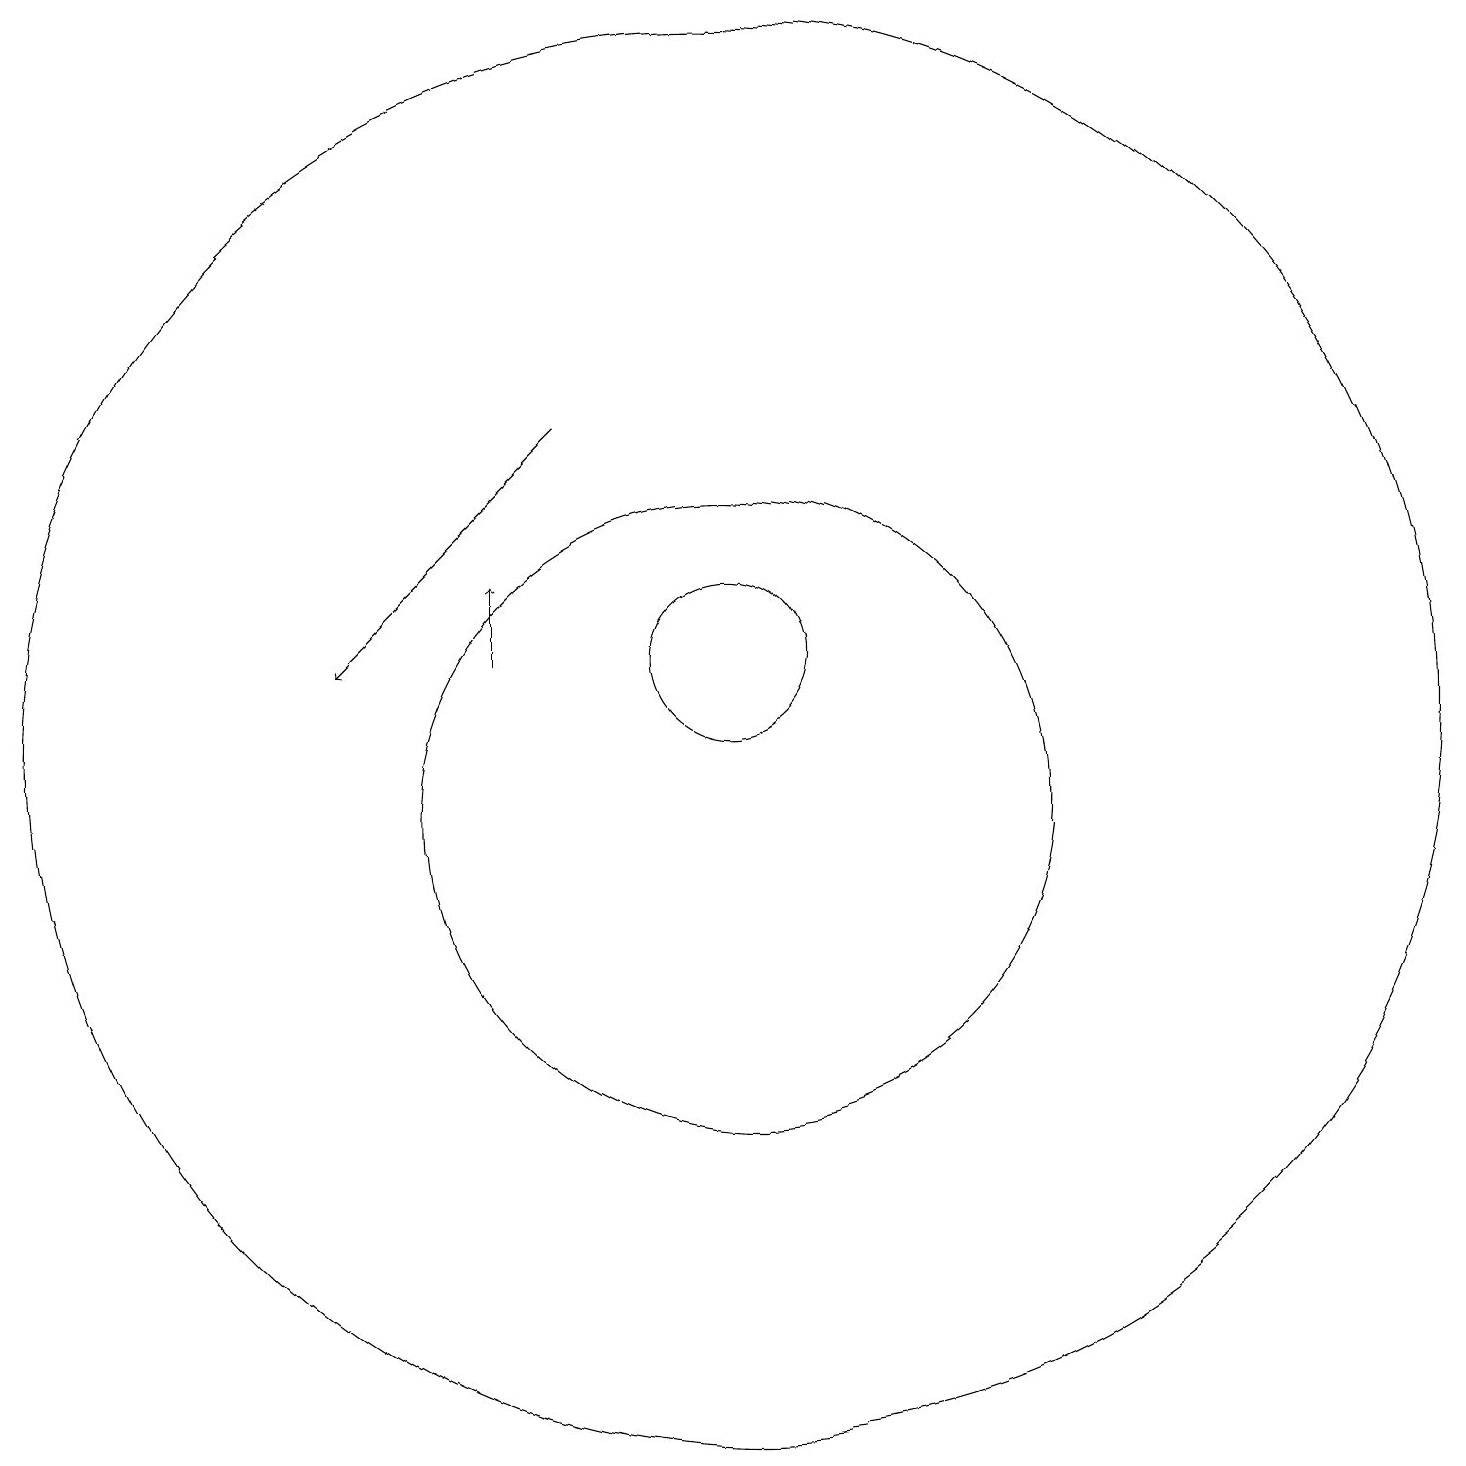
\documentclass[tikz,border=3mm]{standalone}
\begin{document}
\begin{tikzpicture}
\draw[->] (8,15) -- (5,12);
\draw (10,10) circle (4);
\draw (10,12) circle (1);
\draw[->] (7,12) -- (7,13);
\draw (10,11) circle (9);
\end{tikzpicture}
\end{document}